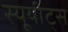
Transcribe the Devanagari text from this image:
स्यूयीट्स